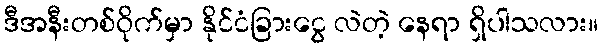
ဒီအနီးတစ်ဝိုက်မှာ နိုင်ငံခြားငွေ လဲတဲ့ နေရာ ရှိပါသလား။